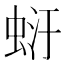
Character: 𧋂